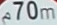
70m